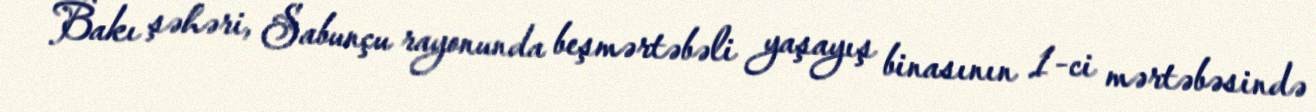
Bakı şəhəri, Sabunçu rayonunda beşmərtəbəli yaşayış binasının 1-ci mərtəbəsində